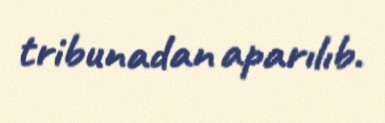
tribunadan aparılıb.